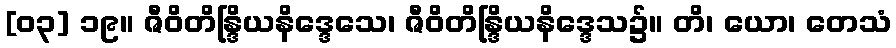
[၀၃] ၁၉။ ဇီဝိတိန္ဒြိယနိဒ္ဒေသေ၊ ဇီဝိတိန္ဒြိယနိဒ္ဒေသ၌။ တိ၊ ယော၊ တေသံ